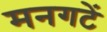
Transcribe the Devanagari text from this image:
मनगटें